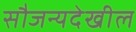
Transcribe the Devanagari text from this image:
सौजन्यदेखील